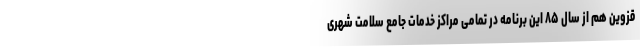
قزوین هم از سال ۸۵ این برنامه در تمامی مراکز خدمات جامع سلامت شهری